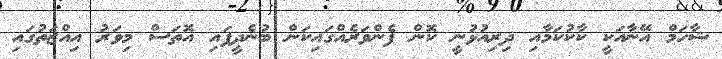
ޝާހަމް އޭނާއަކީ ކާކުކަމާއި ދިރިއުޅުނީ ކޮން ފެންވަރެއްގައިކަން ބުނެދީފައި އޮތަސް މިވަރު އިއްޒަތުގައި